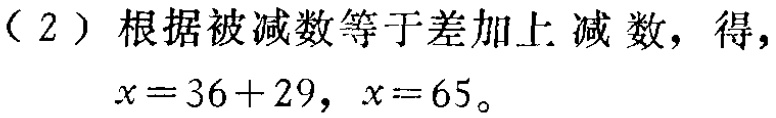
（2）根据被减数等于差加上减数，得，

\(x = 36 + 29\)，\(x = 65\)。